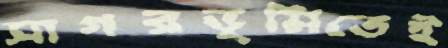
সাগরভূমিতেই